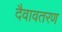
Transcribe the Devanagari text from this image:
दैवावतरण